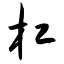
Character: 杠